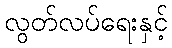
လွတ်လပ်ရေးနှင့်